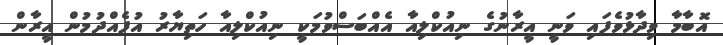
އޮބާމާ ވިދާޅުވެފައި ވަނީ އީރާނުގެ ނިއުކްލިއާ އެއްބަސްވުމަކީ ނިއުކްލިއާ ހަތިޔާރު އުފެއްދުމުން އީރާން